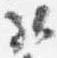
弘